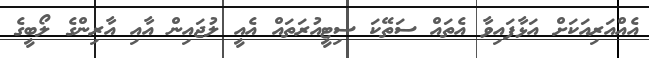
އެއްއަރިއަކަށް އަޅާފައިވާ އެތައް ސަތޭކަ ސިޓީއުރަތައް އެއީ ލުޖައިން އާއި އާރިންގެ ލޯބީގެ